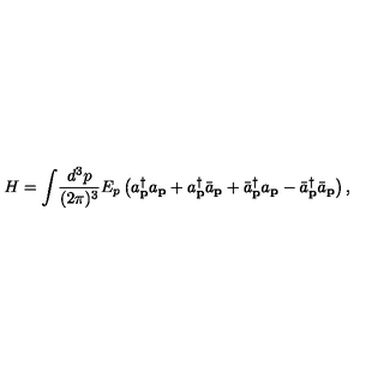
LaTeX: H = \int \! \frac { d ^ { 3 } p } { ( 2 \pi ) ^ { 3 } } E _ { p } \left( a _ { \bf p } ^ { \dag } a _ { \bf p } + a _ { \bf p } ^ { \dag } { \bar { a } } _ { \bf p } + { \bar { a } } _ { \bf p } ^ { \dag } a _ { \bf p } - { \bar { a } } _ { \bf p } ^ { \dag } { \bar { a } } _ { \bf p } \right) ,